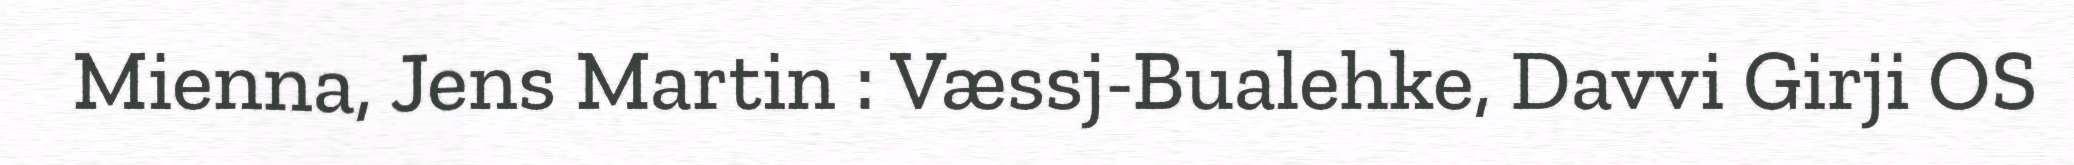
Mienna, Jens Martin : Væssj-Bualehke, Davvi Girji OS